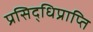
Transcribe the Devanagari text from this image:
प्रसिद्धिप्राप्ति